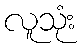
လူသုံး